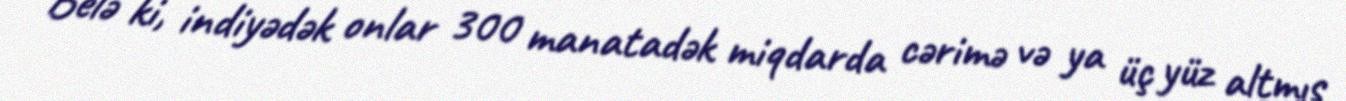
Belə ki, indiyədək onlar 300 manatadək miqdarda cərimə və ya üç yüz altmış